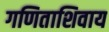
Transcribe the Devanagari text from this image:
गणिताशिवाय